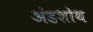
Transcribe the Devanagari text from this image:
अंडशोथ